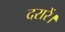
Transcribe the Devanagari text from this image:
दरारें।